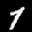
Label: 1